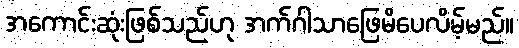
အကောင်းဆုံးဖြစ်သည်ဟု အက်ဂါသာဖြေမိပေလိမ့်မည်။